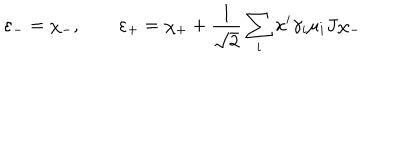
LaTeX: \varepsilon _ { - } = \chi _ { - } , \qquad \varepsilon _ { + } = \chi _ { + } + \frac { 1 } { \sqrt 2 } \sum _ { i } x ^ { i } \gamma _ { i } \mu _ { i } J \chi _ { - }